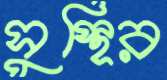
সুস্থির